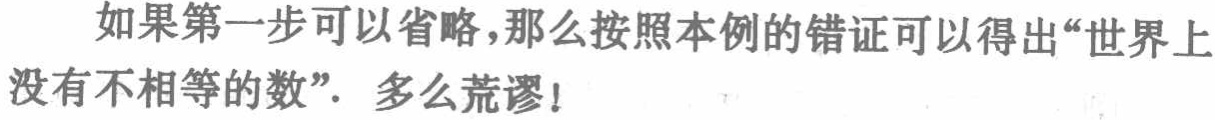
如果第一步可以省略,那么按照本例的错证可以得出“世界上没有不相等的数”. 多么荒谬!